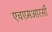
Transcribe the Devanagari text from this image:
एचएमआरसी